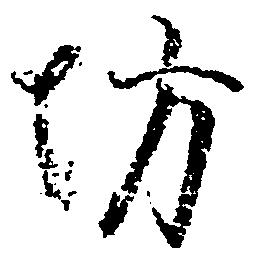
坊